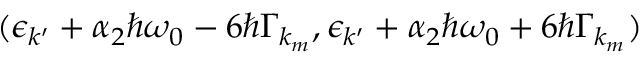
( \epsilon _ { k ^ { \prime } } + \alpha _ { 2 } \hbar \omega _ { 0 } - 6 \hbar \Gamma _ { k _ { m } } , \epsilon _ { k ^ { \prime } } + \alpha _ { 2 } \hbar \omega _ { 0 } + 6 \hbar \Gamma _ { k _ { m } } )